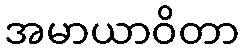
အမာယာဝိတာ